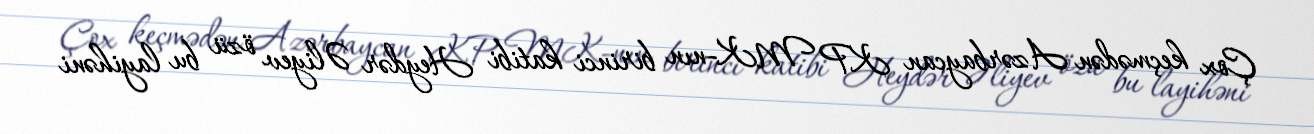
Çox keçmədən Azərbaycan KP MK-nın birinci katibi Heydər Əliyev özü bu layihəni